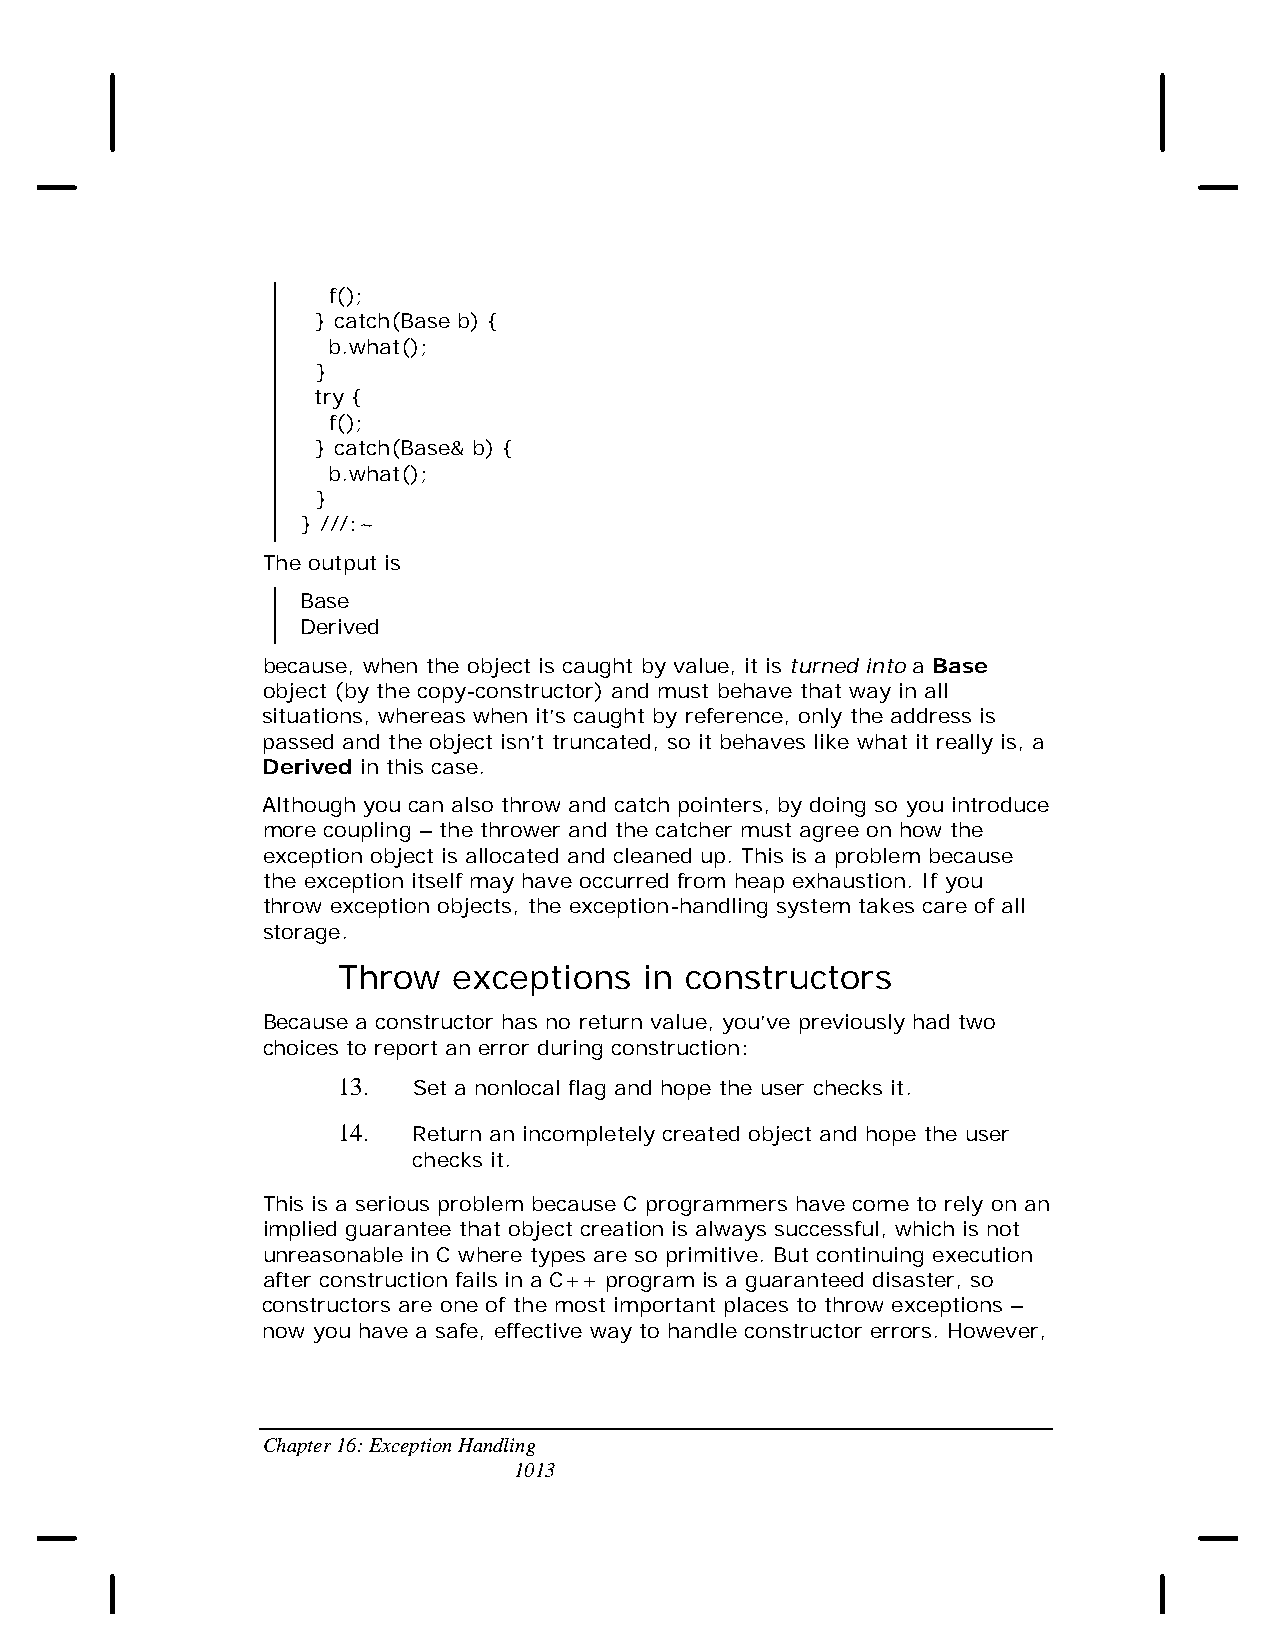
f();
 } catch(Base b) {
 b.what();
 }
 try {
 f();
 } catch(Base& b) {
 b.what();
 }
 } ///:~
 The output is
 Base
 Derived
 because, when the object is caught by value, it is turned into a Base
 object (by the copy-constructor) and must behave that way in all
 situations, whereas when it’s caught by reference, only the address is
 passed and the object isn’t truncated, so it behaves like what it really is, a
 Derived in this case.
 Although you can also throw and catch pointers, by doing so you introduce
 more coupling – the thrower and the catcher must agree on how the
 exception object is allocated and cleaned up. This is a problem because
 the exception itself may have occurred from heap exhaustion. If you
 throw exception objects, the exception-handling system takes care of all
 storage.
 Throw   exceptions   in constructors
 Because a constructor has no return value, you’ve previously had two
 choices to report an error during construction:
 13.  Set a nonlocal flag and hope the user checks it.
 14.  Return an incompletely created object and hope the user
 checks it.
 This is a serious problem because C programmers have come to rely on an
 implied guarantee that object creation is always successful, which is not
 unreasonable in C where types are so primitive. But continuing execution
 after construction fails in a C++ program is a guaranteed disaster, so
 constructors are one of the most important places to throw exceptions –
 now you have a safe, effective way to handle constructor errors. However,
 Chapter 16: Exception Handling
 1013